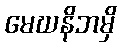
မေဃနိဘမှိ